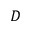
D